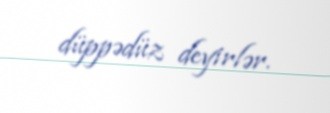
düppədüz deyirlər.